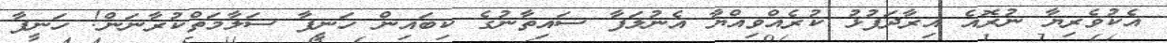
އެކުވެރިޔާ ނުރޮއެ އިރާދަފުޅު ކުރެއްވިއްޔާ އެނުލަފާ ސައިތާނުގެ ކިބައިން ހަނީފާ ސަލާމަތްކުރާނަން! ހަނީފާ